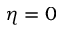
\eta = 0